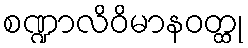
စဏ္ဍာလိဝိမာနဝတ္ထု